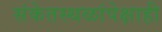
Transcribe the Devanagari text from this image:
संकेतस्थळांपेक्षाही